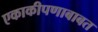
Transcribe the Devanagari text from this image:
एकाकीपणाबाबत